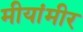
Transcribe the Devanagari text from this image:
मीयांमीर